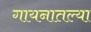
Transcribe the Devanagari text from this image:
गायनातल्या